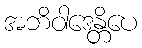
အဘိဝါဒေန္တိပေ